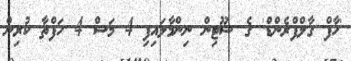
'ހާފް ގާލްފްރެންޑް' ގެ ޝޫޓިން ނިންމާލައިފި 4 މަސް 4 ހަފްތާ ކުރިން